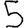
Digit: 5